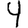
Digit: 9